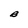
Character: B